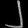
Digit: ၂